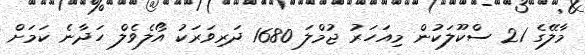
މާލޭގެ 21 ސްކޫލަކުން މިއަހަރު ޖުމްލަ 1680 ދަރިވަރަކު އޯލެވެލް ހަދާނެ ކަމަށް